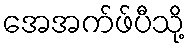
အေအက်ဖ်ပီသို့